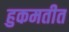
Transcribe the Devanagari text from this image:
हुकमतीत